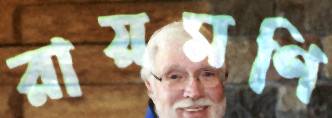
রায়মণি